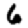
Digit: 6